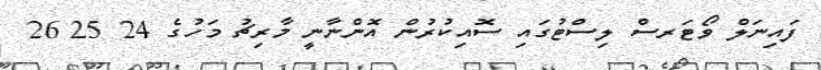
ފައިނަލް ވޯޓަރސް ލިސްޓުގައި ސޮއިކުރުން އޮންނާނީ މާރިޗު މަހުގެ 24 25 26